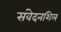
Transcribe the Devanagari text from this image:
संवेदनशिल